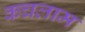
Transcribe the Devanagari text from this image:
कचलाम